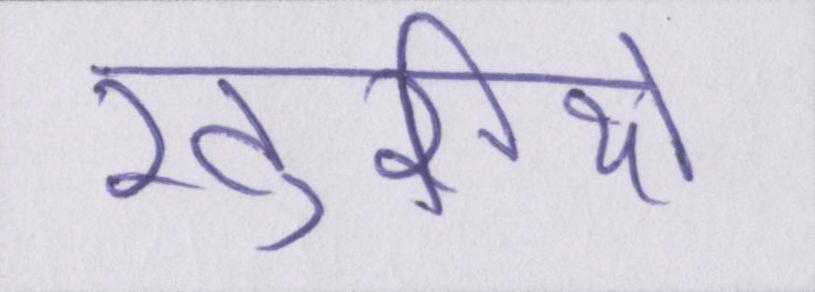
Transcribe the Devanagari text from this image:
खुशियों